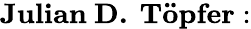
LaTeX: \mathbf{Julian~D.~T\textbf{\" {o}pfer}:}